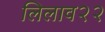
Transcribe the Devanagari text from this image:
लिलाव२२